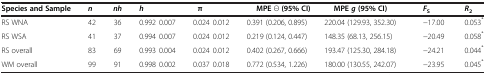
<table><thead><tr><td><b>Species and Sample</b></td><td><b><i>n</i></b></td><td><b><i>nh</i></b></td><td><b><i>h</i></b></td><td><b>π</b></td><td><b>MPE Θ (95% CI)</b></td><td><b>MPE<i>g</i>(95% CI)</b></td><td><b><i>F</i><sub>S</sub></b></td><td><b><i>R</i><sub>2</sub></b></td></tr></thead><tbody><tr><td>RS WNA</td><td>42</td><td>36</td><td>0.992 ± 0.007</td><td>0.024 ± 0.012</td><td>0.391 (0.206, 0.895)</td><td>220.04 (129.93, 352.30)</td><td>−17.00<sup>†</sup></td><td>0.053<sup>*</sup></td></tr><tr><td>RS WSA</td><td>41</td><td>37</td><td>0.994 ± 0.007</td><td>0.024 ± 0.012</td><td>0.219 (0.124, 0.447)</td><td>148.35 (68.13, 256.15)</td><td>−20.49<sup>†</sup></td><td>0.058<sup>*</sup></td></tr><tr><td>RS overall</td><td>83</td><td>69</td><td>0.993 ± 0.004</td><td>0.024 ± 0.012</td><td>0.402 (0.267, 0.666)</td><td>193.47 (125.30, 284.18)</td><td>−24.21<sup>†</sup></td><td>0.044<sup>*</sup></td></tr><tr><td>WM overall</td><td>99</td><td>91</td><td>0.998 ± 0.002</td><td>0.037 ± 0.018</td><td>0.772 (0.534, 1.226)</td><td>180.00 (130.55, 242.07)</td><td>−23.95<sup>†</sup></td><td>0.045<sup>*</sup></td></tr></tbody></table>